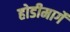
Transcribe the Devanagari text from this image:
होडीमार्गे